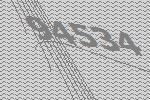
94534